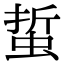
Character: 蜇